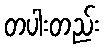
တပါးတည်း